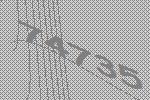
74735